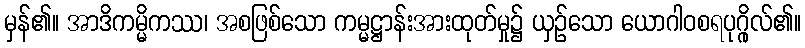
မှန်၏။ အာဒိကမ္မိကဿ၊ အစဖြစ်သော ကမ္မဋ္ဌာန်းအားထုတ်မှု၌ ယှဉ်သော ယောဂါဝစရပုဂ္ဂိုလ်၏။